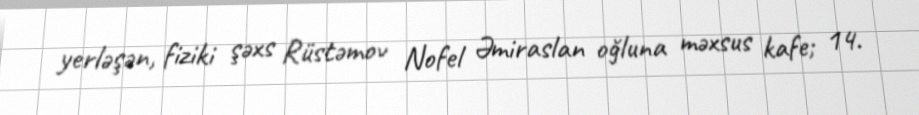
yerləşən, fiziki şəxs Rüstəmov Nofel Əmiraslan oğluna məxsus kafe; 14.